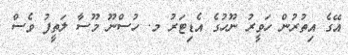
އޭގެ އިތުރުން ހަވީރު ނޫހުގެ އެޑިޓަރު މ. ހުސްނޫ މޫސާ ލަތީފު ވެސް